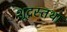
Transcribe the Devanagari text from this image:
शूद्रस्तथा